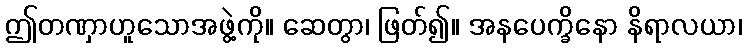
ဤတဏှာဟူသောအဖွဲ့ကို။ ဆေတွာ၊ ဖြတ်၍။ အနပေက္ခိနော နိရာလယာ၊